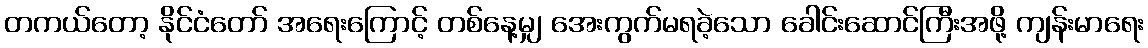
တကယ်တော့ နိုင်ငံတော် အရေးကြောင့် တစ်နေ့မျှ အေးကွက်မရခဲ့သော ခေါင်းဆောင်ကြီးအဖို့ ကျန်းမာရေး